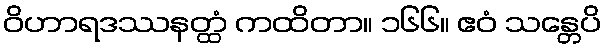
ဝိဟာရဒဿနတ္ထံ ကထိတာ။ ၁၆၆။ ဧဝံ သန္တေပိ